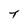
Character: T